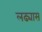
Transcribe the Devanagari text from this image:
लढ्यास